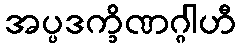
အပ္ပဒက္ခိဏဂ္ဂါဟီ